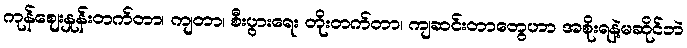
ကုန်ဈေးနှုန်းတက်တာ၊ ကျတာ၊ စီးပွားရေး တိုးတက်တာ၊ ကျဆင်းတာတွေဟာ အစိုးရနဲ့မဆိုင်ဘဲ